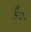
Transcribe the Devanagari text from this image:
है२९